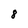
Character: 8